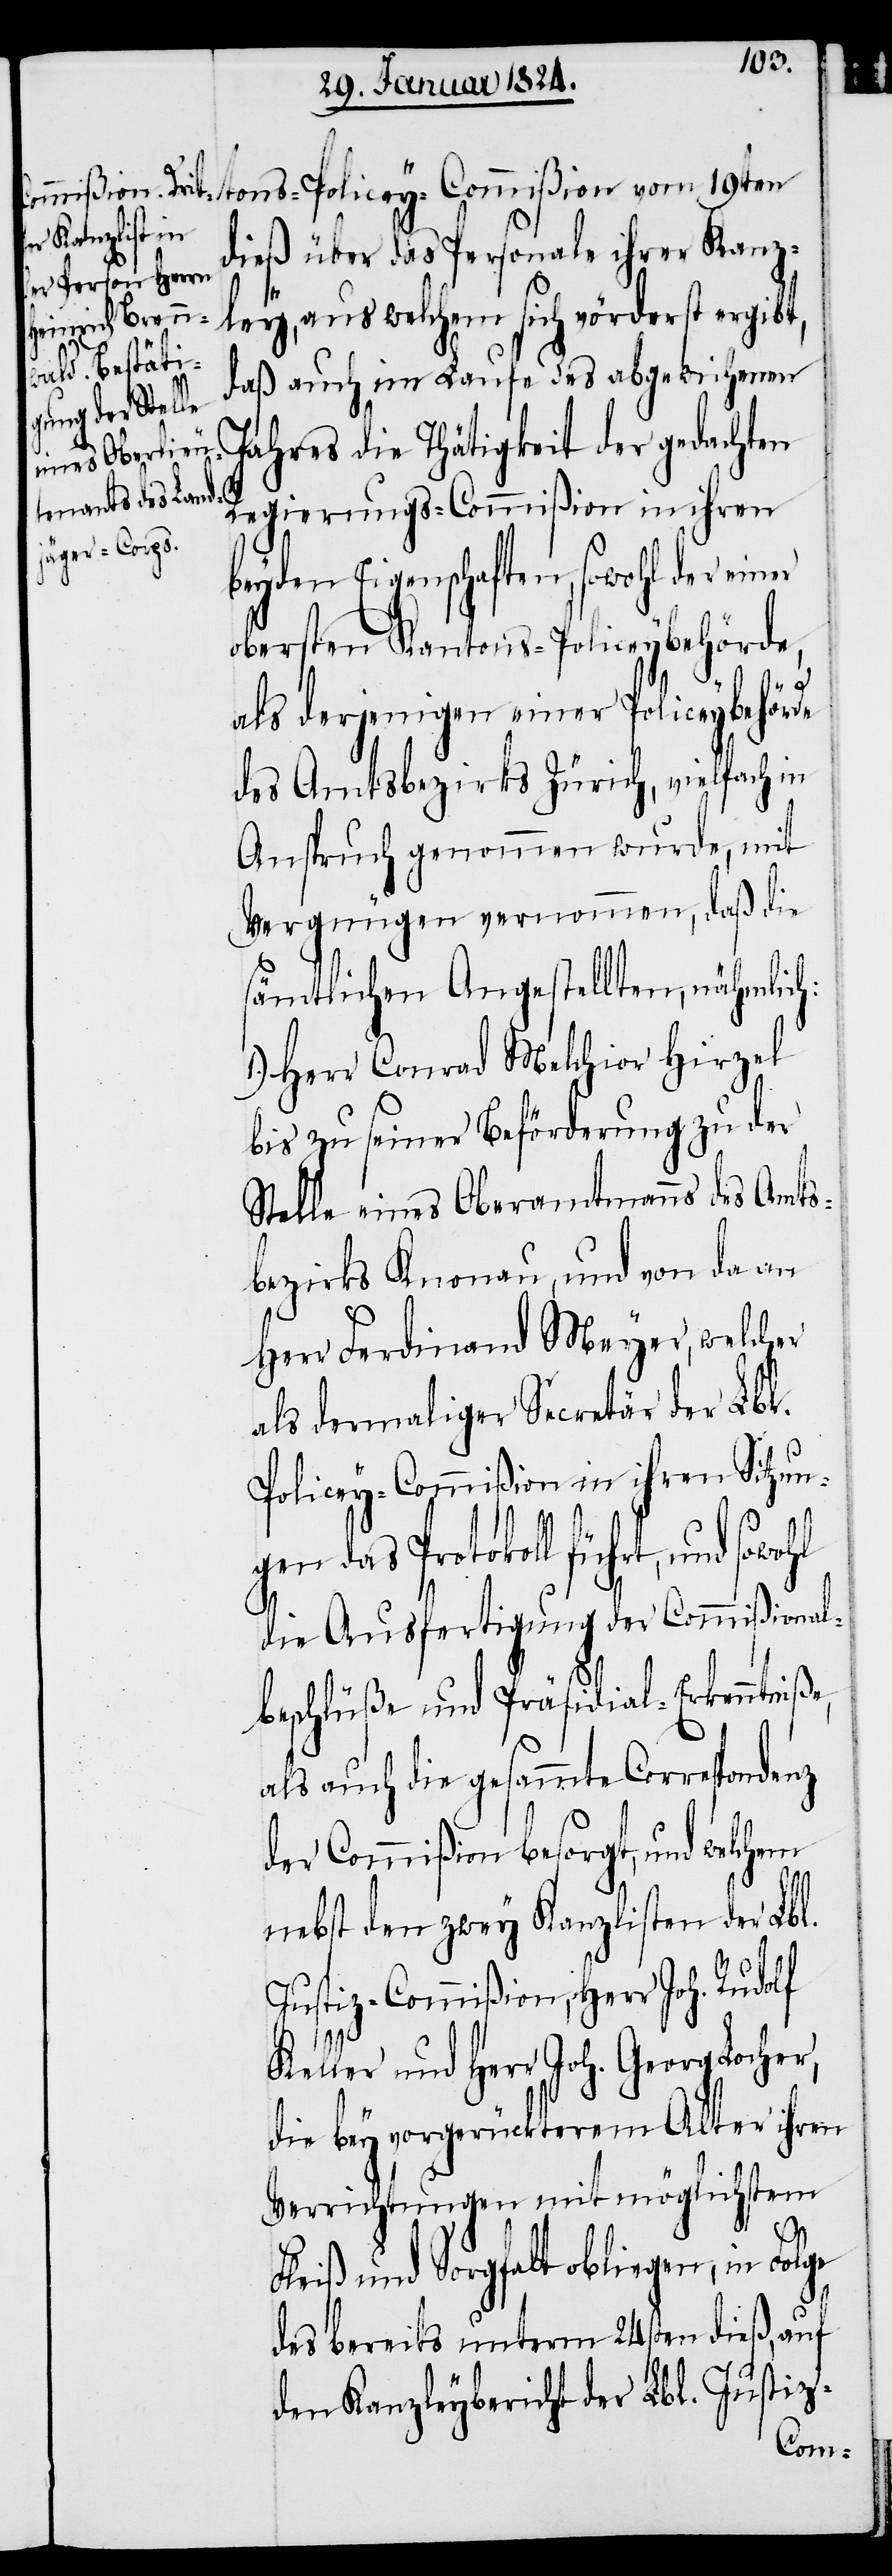
dieß über das Personale ihrer Kanz¬
ley, aus welchem sich vörderst ergibt,
daß auch im Laufe des abgewichenen
Jahres die Thätigkeit der gedachten
Regierungs-Commißion in ihren
Vergnügen, daß die
obersten Kantons-Policeybehörde,
als derjenigen einer Policeybehörde
des Amtsbezirks Zürich, vielfach in
Anspruch genommen wurde, mit
sämtlichen Angestellten, nähmlich:
1.) Herr Conrad Melchior Hirzel
bis zu seiner Beförderung zu der
Stelle eines Oberamtmanns des Amts¬
bezirks Knonau und von da an
Herr Ferdinand Meyer, welcher
als dermaliger Secretär der Lbl.
Policey-Commißion in ihren Sitzun¬
gen das Protokoll führt, und
die Ausfertigung der Commißional¬
beschlüße und Präsidial-Erkenntniße,
als auch die gesammte Correspondenz
der Commißion besorgt, und welchem
nebst den zwey Kanzlisten der Lbl.
Justiz-Commißion, Herr Joh. Rudolf
Keller und Herr Joh. Georg Locher
die bey vorgerückterem Alter ihren
Verrichtungen mit möglichstem
Fleiß und Sorgfalt obliegen, in Folge
des bereits unterm 24sten dieß, auf
den Kanzleybericht der Lbl. Justiz-